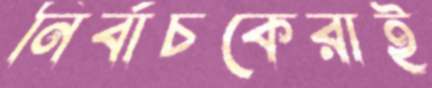
নির্বাচকেরাই